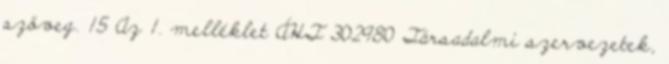
szöveg. 15 Az 1. melléklet ÁHT 302980 Társadalmi szervezetek,